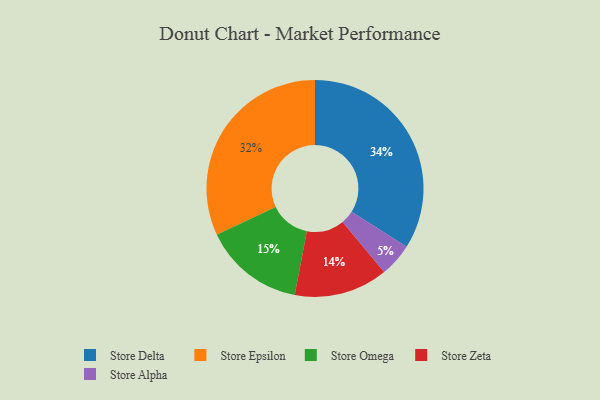
{"axis": {"x": "Category", "y": "Percentage"}, "legend": ["Store Alpha", "Store Delta", "Store Epsilon", "Store Omega", "Store Zeta"], "data": [{"x": "Store Epsilon", "y": 32, "type": "Store Epsilon"}, {"x": "Store Alpha", "y": 5, "type": "Store Alpha"}, {"x": "Store Zeta", "y": 14, "type": "Store Zeta"}, {"x": "Store Omega", "y": 15, "type": "Store Omega"}, {"x": "Store Delta", "y": 34, "type": "Store Delta"}]}